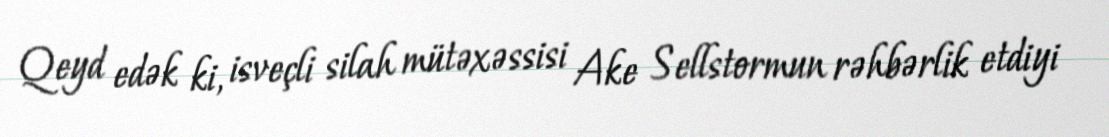
Qeyd edək ki, isveçli silah mütəxəssisi Ake Sellstormun rəhbərlik etdiyi